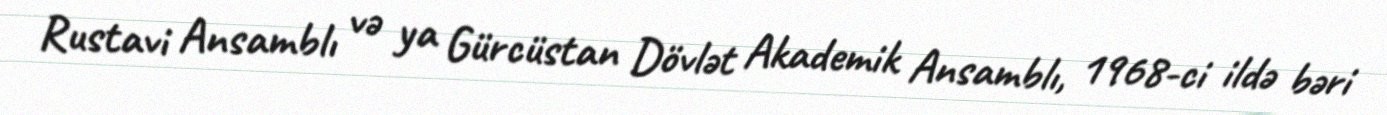
Rustavi Ansamblı və ya Gürcüstan Dövlət Akademik Ansamblı, 1968-ci ildə bəri